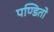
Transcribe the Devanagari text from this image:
पण्डितो